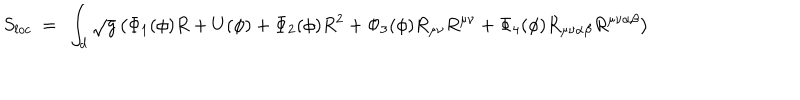
LaTeX: S _ { l o c } ~ = ~ \int _ { d } \sqrt { g } \left( \Phi _ { 1 } ( \phi ) R + U ( \phi ) + \Phi _ { 2 } ( \phi ) R ^ { 2 } + \Phi _ { 3 } ( \phi ) R _ { \mu \nu } R ^ { \mu \nu } + \Phi _ { 4 } ( \phi ) R _ { \mu \nu \alpha \beta } R ^ { \mu \nu \alpha \beta } \right)